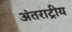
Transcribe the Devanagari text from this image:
अंतराट्रीय